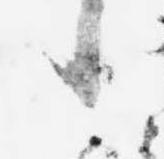
候